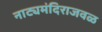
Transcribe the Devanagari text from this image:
नाट्यमंदिराजवळ